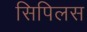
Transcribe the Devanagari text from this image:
सिपिलस